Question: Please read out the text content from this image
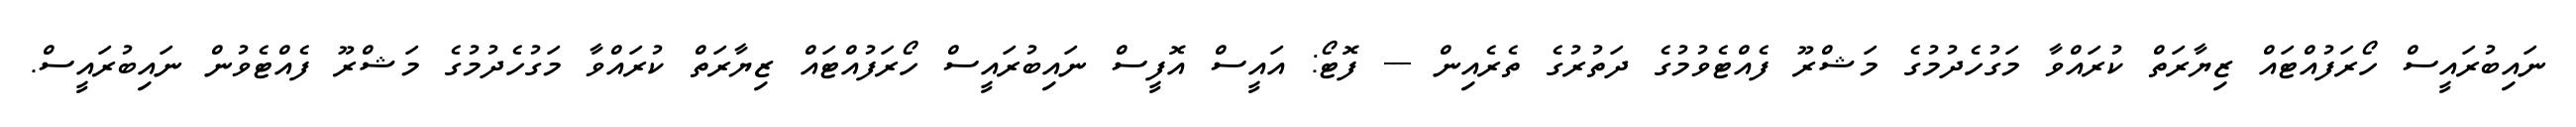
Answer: ނައިބުރައީސް ހޯރަފުއްޓައް ޒިޔާރަތް ކުރައްވާ މަގުހެދުމުގެ މަޝްރޫ ފެއްޓެވުމުގެ ދަތުރުގެ ތެރެއިން --- ފޮޓޯ: އައީސް އޮފީސް ނައިބުރައީސް ހޯރަފުއްޓައް ޒިޔާރަތް ކުރައްވާ މަގުހެދުމުގެ މަޝްރޫ ފެއްޓެވުން ނައިބުރައީސް.